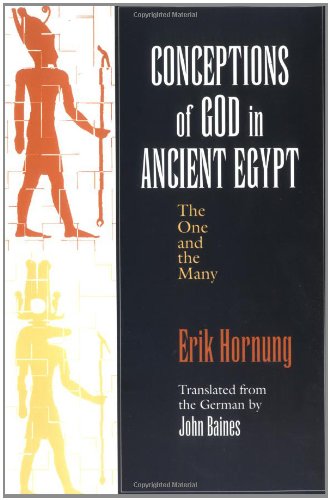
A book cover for Conceptions of God in Ancient Egypt: The One and the Many; Erik Hornung; History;